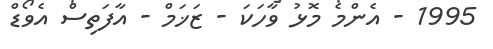
1995 - އެންމެ މޮޅު ވާހަކަ - ޒަޚަމް - އާފަތިސް އެވޯޑް